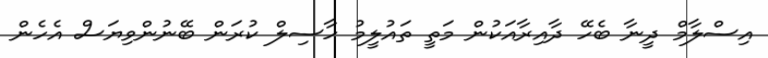
އިސްލާމް ދީނާ ބެހޭ ދާއިރާއަކުން މަތީ ތައުލީމު ހާސިލް ކުރަން ބޭނުންވިޔަސް އެހެން